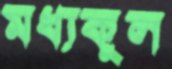
মধ্যকুল